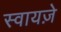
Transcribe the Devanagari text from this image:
स्वायज़े